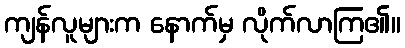
ကျန်လူများက နောက်မှ လိုက်လာကြ၏။